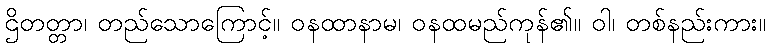
ဌိတတ္တာ၊ တည်သောကြောင့်။ ဝနထာနာမ၊ ဝနထမည်ကုန်၏။ ဝါ၊ တစ်နည်းကား။